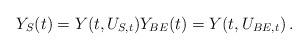
LaTeX: \begin{align*}Y_S(t)= Y(t,U_{S,t}) Y_{BE}(t) = Y(t, U_{BE,t})\,.\end{align*}